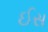
ઈસ